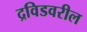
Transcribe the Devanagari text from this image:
द्रविडवरील